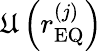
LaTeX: \mathfrak{U}\left(r_{\mathrm{EQ}}^{\left(j\right)}\right)